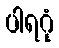
ပါရဂုံ